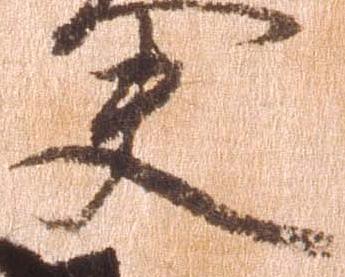
夫